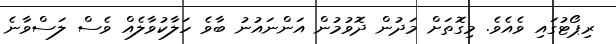
ރިޕޯޓުގައި ވެއެވެ. މިގޮތަށް މަދުން ދޮވުމުން އަންނައުނު ބާވެ ހަލާކުވާލެއް ވެސް ލަސްވާނެ